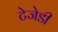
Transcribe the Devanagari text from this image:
टेजेडी